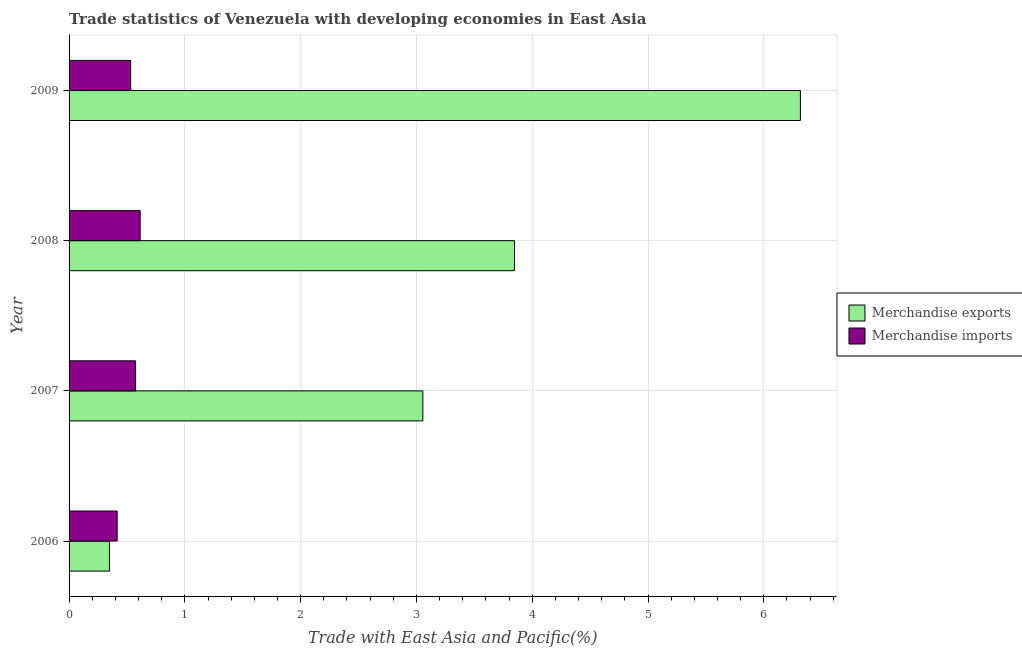
| Year | Merchandise exports | Merchandise imports |
 | --- | --- | --- |
 | 2006 | 0.349 | 0.415 |
 | 2007 | 3.06 | 0.575 |
 | 2008 | 3.85 | 0.614 |
 | 2009 | 6.32 | 0.532 |